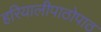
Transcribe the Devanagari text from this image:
हरियालीपाठोपाठ